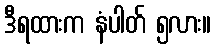
ဒီရထားက နံပါတ် ၅လား။